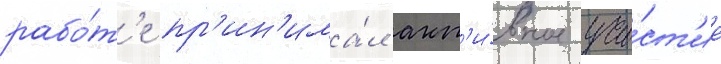
рабо́т'е пр'ин'има́л акт'и́вное уча́ст'ие